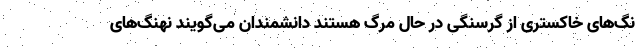
نگ‌های خاکستری از گرسنگی در حال مرگ هستند دانشمندان می‌گویند نهنگ‌های